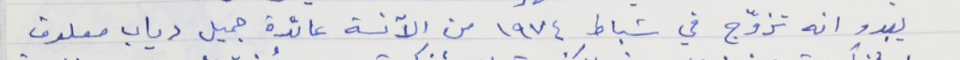
يبدو انه تزوّج في شباط ١٩٧٤ من الآنسة عائدة جميل دياب معلوف